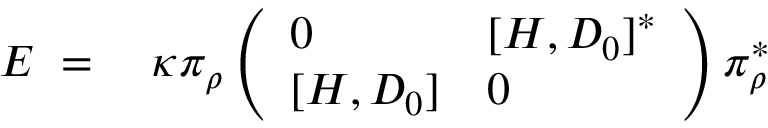
\begin{array} { r l } { E \; = \; } & { { } \kappa \pi _ { \rho } \left( \begin{array} { l l } { 0 } & { [ H , D _ { 0 } ] ^ { * } } \\ { { } [ H , D _ { 0 } ] } & { 0 } \end{array} \right) \pi _ { \rho } ^ { * } } \end{array}